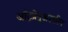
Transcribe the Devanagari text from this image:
आँट्रप्रेनुअरशीप